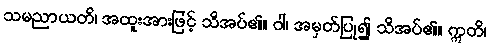
သမညာယတိ၊ အထူးအားဖြင့် သိအပ်၏။ ဝါ၊ အမှတ်ပြု၍ သိအပ်၏။ ဣတိ၊